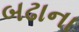
બઢાના